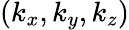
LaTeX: (k_{x},k_{y},k_{z})